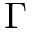
\Gamma